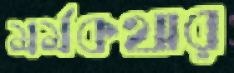
মর্মকথার